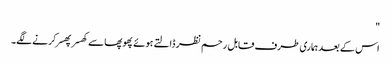
"
اس کے بعد ہماری طرف قابل رحم نظر ڈالتے ہوئے پھوپھا سے کھسر پھسر کرنے لگے۔